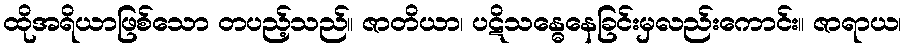
ထိုအရိယာဖြစ်သော တပည့်သည်။ ဇာတိယာ၊ ပဋိသန္ဓေနေခြင်းမှလည်းကောင်း။ ဇာရာယ၊